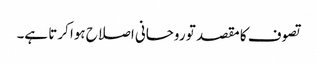
تصوف کا مقصد تو روحانی اصلاح ہوا کرتا ہے۔